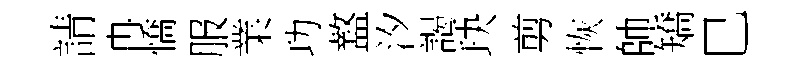
請冉憍服業功盩汐謁玦剪恢帥矯巳